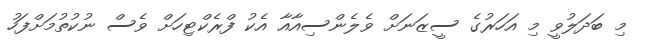
މި ބަދަލުވީ މި އަހަރުގެ ސީޒަނަށް ވެލެންސިއާއާ އެކު ފްރެކްޓިހަށް ވެސް ނުކުތުމަށްފަހު